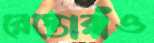
রেস্তোরাঁও